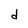
Character: d